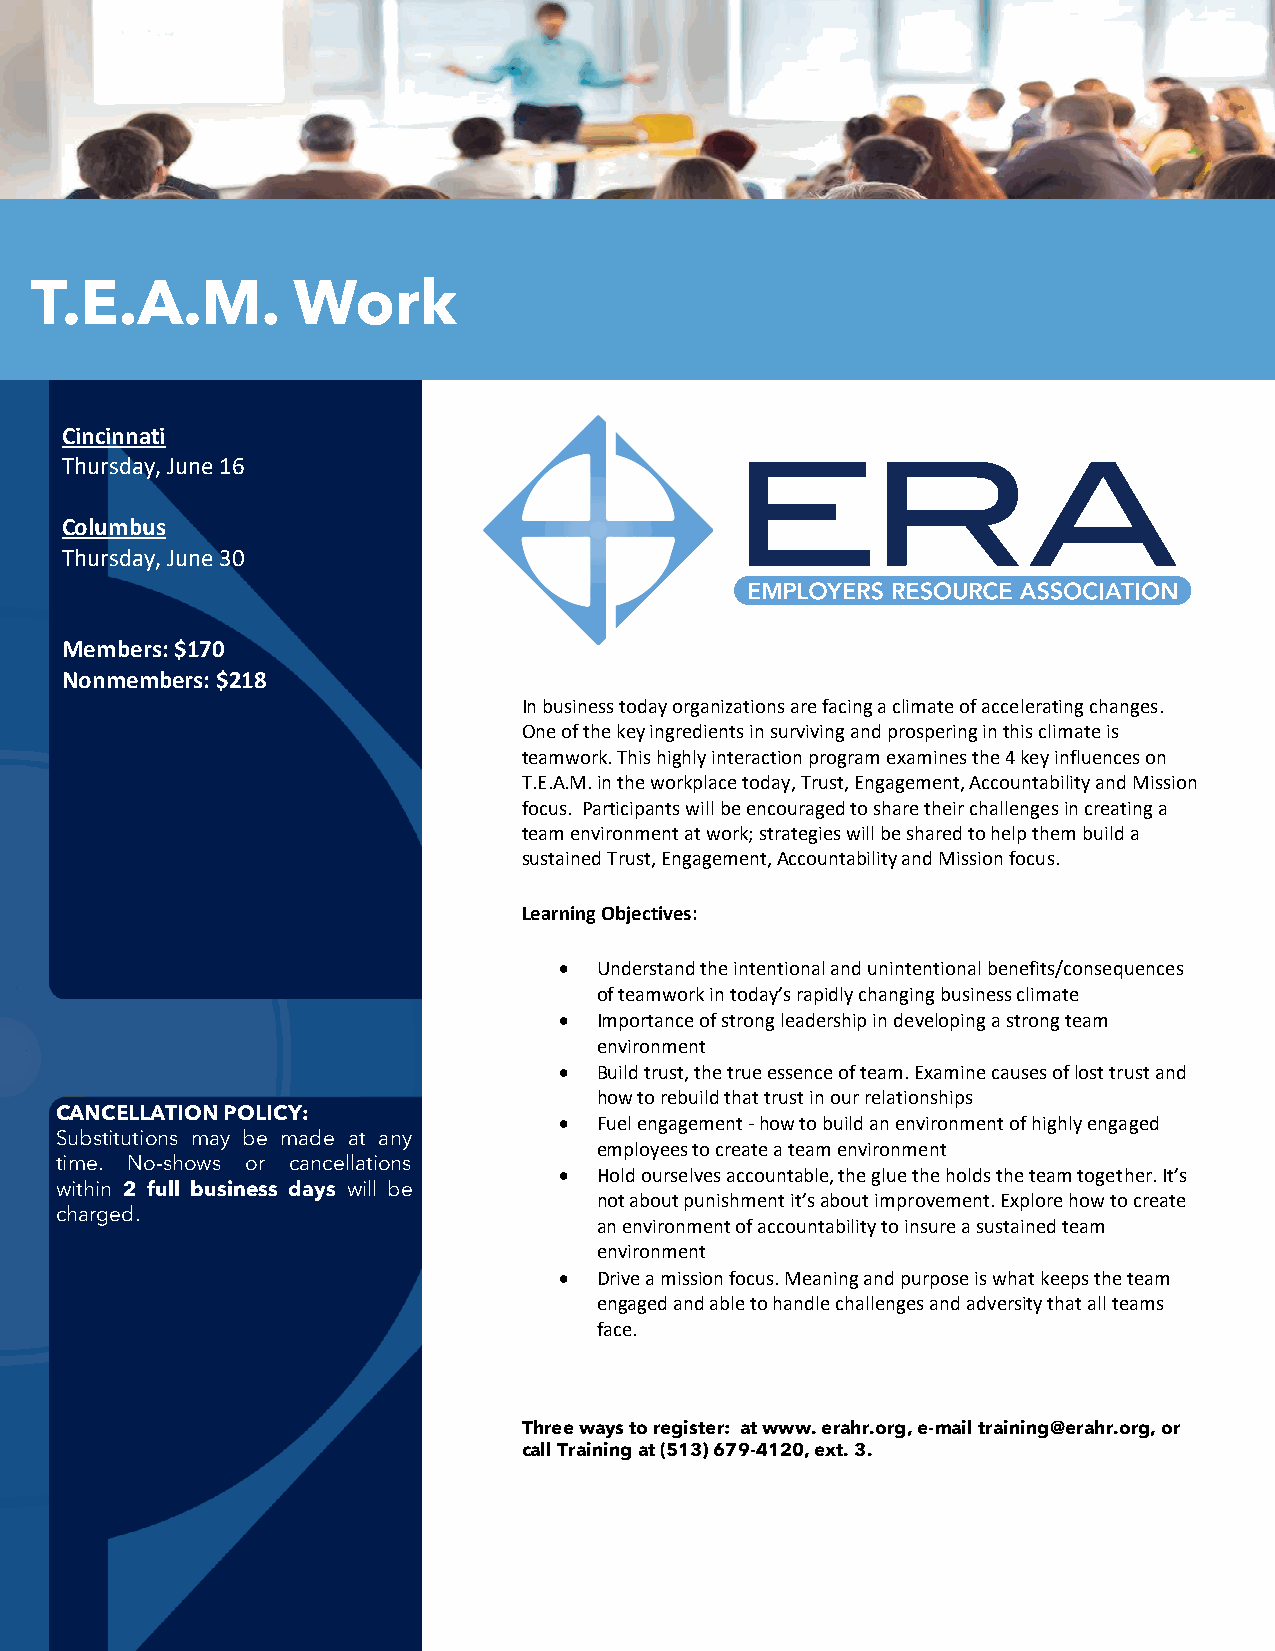
T.E.A.M.         Work
 Cincinnati
 Thursday, June 16
 Columbus
 Thursday, June 30
 Members: $170
 Nonmembers: $218
 In business today organizations are facing a climate of accelerating changes.
 One of the key ingredients in surviving and prospering in this climate is
 teamwork. This highly interaction program examines the 4 key influences on
 T.E.A.M. in the workplace today, Trust, Engagement, Accountability and Mission
 focus. Participants will be encouraged to share their challenges in creating a
 team environment at work; strategies will be shared to help them build a
 sustained Trust, Engagem ent, Accountability and Mission focus.
 Learning Objectives:
 •  Understand the intentional and unintentional benefits/consequences
 of teamwork in today’s rapidly changing business climate
 •  Importance of strong leadership in developing a strong team
 environment
 •  Build trust, the true essence of team. Examine causes of lost trust and
 how to rebuild that trust in our relationships
 CANCELLATION POLICY:
 •  Fuel engagement - how to build an environment of highly engaged
 Substitutions may be made at any
 employees to create a team environment
 time. No-shows or cancellations
 •  Hold ourselves accountable, the glue the holds the team together. It’s
 within 2 full business days will be
 not about punishment it’s about improvement. Explore how to create
 charged.
 an environment of accountability to insure a sustained team
 environment
 •  Drive a mission focus. Meaning and purpose is what keeps the team
 engaged and able to handle challenges and adversity that all teams
 face.
 Three ways to register: at www. erahr.org, e-mail training@erahr.org, or
 call Training at (513) 679-4120, ext. 3.